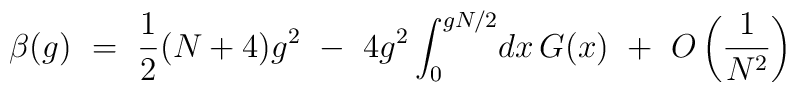
\beta(g) ~=~ \frac{1}{2}(N+4)g^2 ~-~ 4g^2 \int_0^{gN/2} \! dx \, G(x) ~+~ O\left(\frac{1}{N^2}\right)